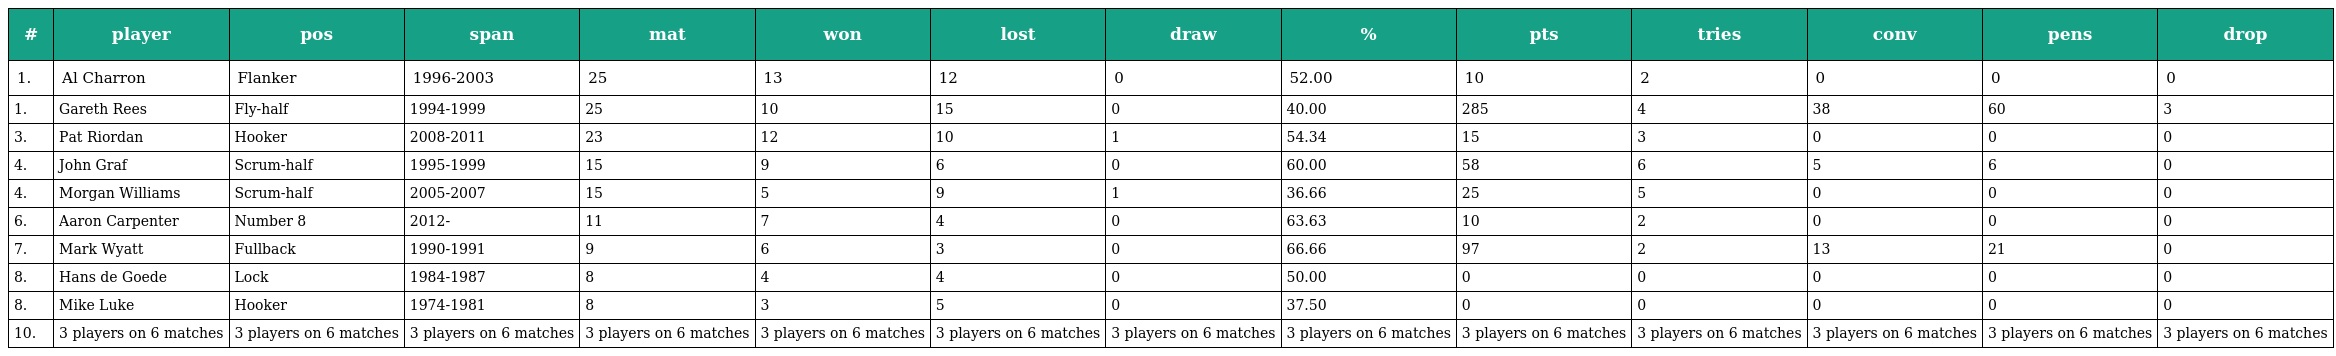
| # | player | pos | span | mat | won | lost | draw | % | pts | tries | conv | pens | drop |
 | --- | --- | --- | --- | --- | --- | --- | --- | --- | --- | --- | --- | --- | --- |
 | 1. | Al Charron | Flanker | 1996-2003 | 25 | 13 | 12 | 0 | 52.00 | 10 | 2 | 0 | 0 | 0 |
 | 1. | Gareth Rees | Fly-half | 1994-1999 | 25 | 10 | 15 | 0 | 40.00 | 285 | 4 | 38 | 60 | 3 |
 | 3. | Pat Riordan | Hooker | 2008-2011 | 23 | 12 | 10 | 1 | 54.34 | 15 | 3 | 0 | 0 | 0 |
 | 4. | John Graf | Scrum-half | 1995-1999 | 15 | 9 | 6 | 0 | 60.00 | 58 | 6 | 5 | 6 | 0 |
 | 4. | Morgan Williams | Scrum-half | 2005-2007 | 15 | 5 | 9 | 1 | 36.66 | 25 | 5 | 0 | 0 | 0 |
 | 6. | Aaron Carpenter | Number 8 | 2012- | 11 | 7 | 4 | 0 | 63.63 | 10 | 2 | 0 | 0 | 0 |
 | 7. | Mark Wyatt | Fullback | 1990-1991 | 9 | 6 | 3 | 0 | 66.66 | 97 | 2 | 13 | 21 | 0 |
 | 8. | Hans de Goede | Lock | 1984-1987 | 8 | 4 | 4 | 0 | 50.00 | 0 | 0 | 0 | 0 | 0 |
 | 8. | Mike Luke | Hooker | 1974-1981 | 8 | 3 | 5 | 0 | 37.50 | 0 | 0 | 0 | 0 | 0 |
 | 10. | 3 players on 6 matches | 3 players on 6 matches | 3 players on 6 matches | 3 players on 6 matches | 3 players on 6 matches | 3 players on 6 matches | 3 players on 6 matches | 3 players on 6 matches | 3 players on 6 matches | 3 players on 6 matches | 3 players on 6 matches | 3 players on 6 matches | 3 players on 6 matches |